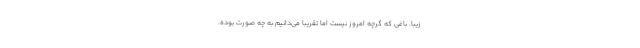
زیبا. باغی که گرچه امروز نیست اما تقریبا می‌دانیم به چه صورت بوده.